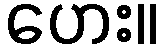
ဟေး။